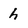
Character: h